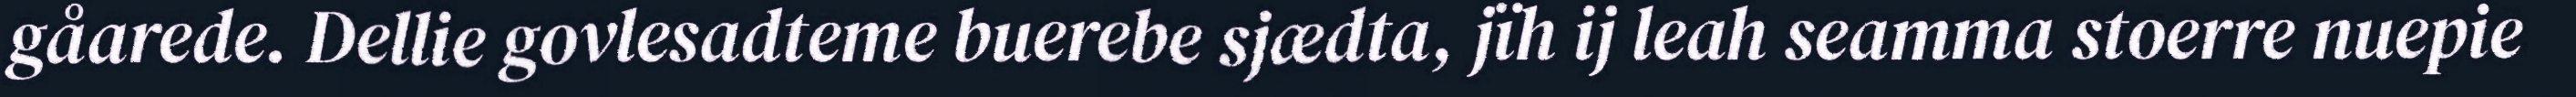
gåarede. Dellie govlesadteme buerebe sjædta, jïh ij leah seamma stoerre nuepie